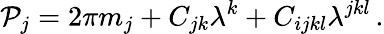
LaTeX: {\cal P}_{j}=2\pi m_{j}+C_{jk}\lambda^{k}+C_{ijkl}\lambda^{jkl}\, .